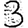
Digit: 3